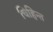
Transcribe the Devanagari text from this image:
चिहिन्त